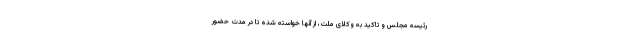
رئیسه مجلس و تاکید به وکلای ملت، از آنها خواسته شده تا در مدت حضور